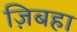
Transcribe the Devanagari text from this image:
ज़िबहा